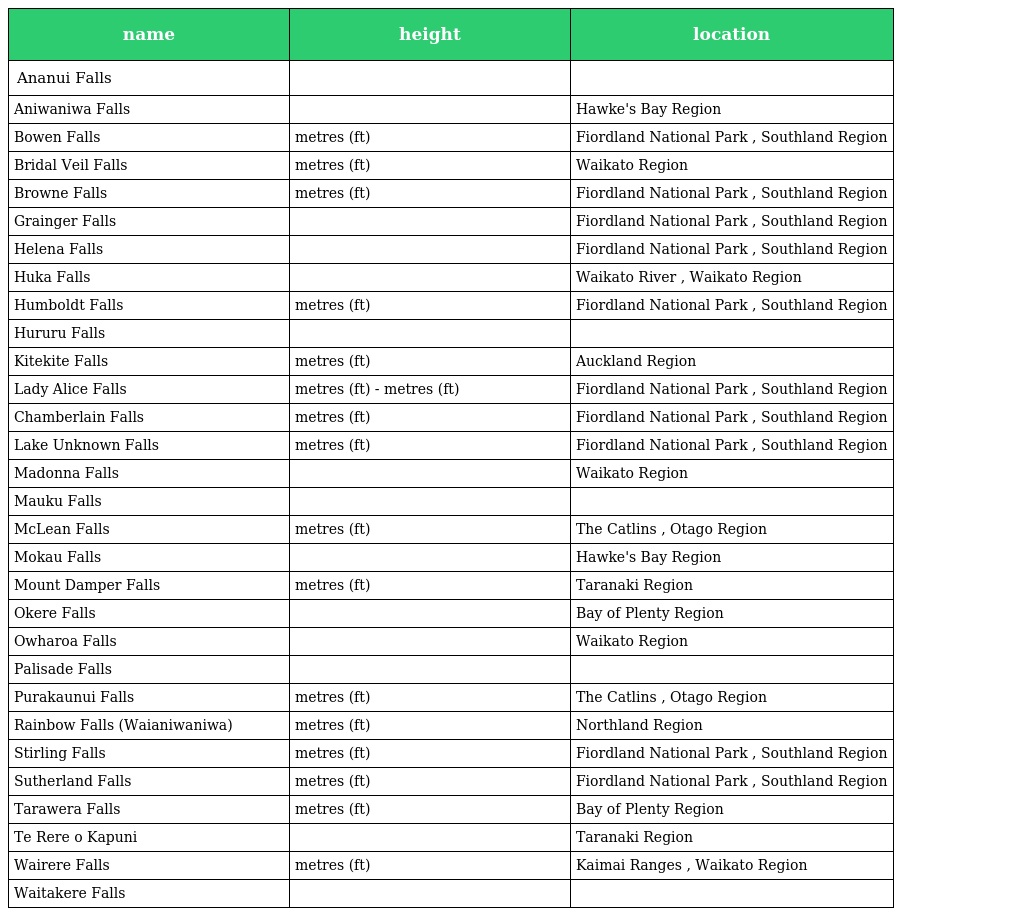
| name | height | location |
 | --- | --- | --- |
 | Ananui Falls |  |  |
 | Aniwaniwa Falls |  | Hawke's Bay Region |
 | Bowen Falls | metres (ft) | Fiordland National Park , Southland Region |
 | Bridal Veil Falls | metres (ft) | Waikato Region |
 | Browne Falls | metres (ft) | Fiordland National Park , Southland Region |
 | Grainger Falls |  | Fiordland National Park , Southland Region |
 | Helena Falls |  | Fiordland National Park , Southland Region |
 | Huka Falls |  | Waikato River , Waikato Region |
 | Humboldt Falls | metres (ft) | Fiordland National Park , Southland Region |
 | Hururu Falls |  |  |
 | Kitekite Falls | metres (ft) | Auckland Region |
 | Lady Alice Falls | metres (ft) - metres (ft) | Fiordland National Park , Southland Region |
 | Chamberlain Falls | metres (ft) | Fiordland National Park , Southland Region |
 | Lake Unknown Falls | metres (ft) | Fiordland National Park , Southland Region |
 | Madonna Falls |  | Waikato Region |
 | Mauku Falls |  |  |
 | McLean Falls | metres (ft) | The Catlins , Otago Region |
 | Mokau Falls |  | Hawke's Bay Region |
 | Mount Damper Falls | metres (ft) | Taranaki Region |
 | Okere Falls |  | Bay of Plenty Region |
 | Owharoa Falls |  | Waikato Region |
 | Palisade Falls |  |  |
 | Purakaunui Falls | metres (ft) | The Catlins , Otago Region |
 | Rainbow Falls (Waianiwaniwa) | metres (ft) | Northland Region |
 | Stirling Falls | metres (ft) | Fiordland National Park , Southland Region |
 | Sutherland Falls | metres (ft) | Fiordland National Park , Southland Region |
 | Tarawera Falls | metres (ft) | Bay of Plenty Region |
 | Te Rere o Kapuni |  | Taranaki Region |
 | Wairere Falls | metres (ft) | Kaimai Ranges , Waikato Region |
 | Waitakere Falls |  |  |